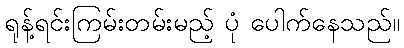
ရုန့်ရင်းကြမ်းတမ်းမည့် ပုံ ပေါက်နေသည်။